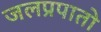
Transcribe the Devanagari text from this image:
जलप्रपातो